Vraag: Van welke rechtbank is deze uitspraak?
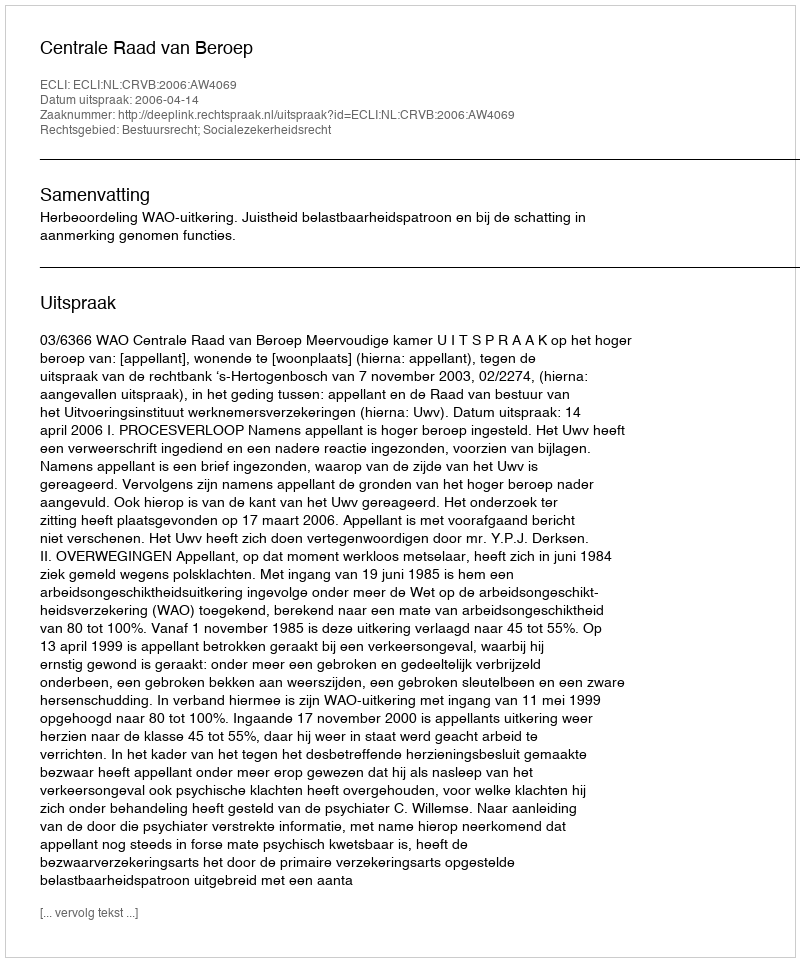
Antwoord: Centrale Raad van Beroep